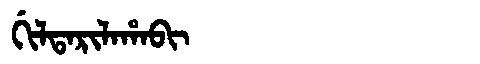
Manchu: ᡤᡳᠯᡨᠠᡵᡳᠯᠠᡥᠠᠪᡳ
Romanization: GILTARILAHABI